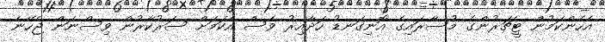
އެހެންކަމުން ޓީޗަރުންގެ މުސާރައިގެ އޮނިގަނޑު ހަދާއިރު ވެސް އެކަމަށް ސަރުކާރުން ވިސްނަން ޖެހޭނެ